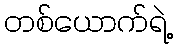
တစ်ယောက်ရဲ့